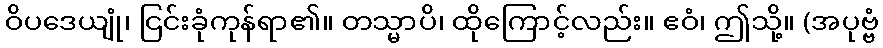
ဝိပဒေယျုံ၊ ငြင်းခုံကုန်ရာ၏။ တသ္မာပိ၊ ထိုကြောင့်လည်း။ ဧဝံ၊ ဤသို့။ (အပုဗ္ဗံ